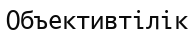
Объективтілік